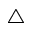
\bigtriangleup